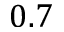
0 . 7